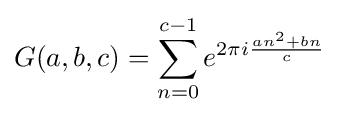
G(a,b,c)=\sum _{n=0}^{c-1}e^{2\pi i{\frac {an^{2}+bn}{c}}}